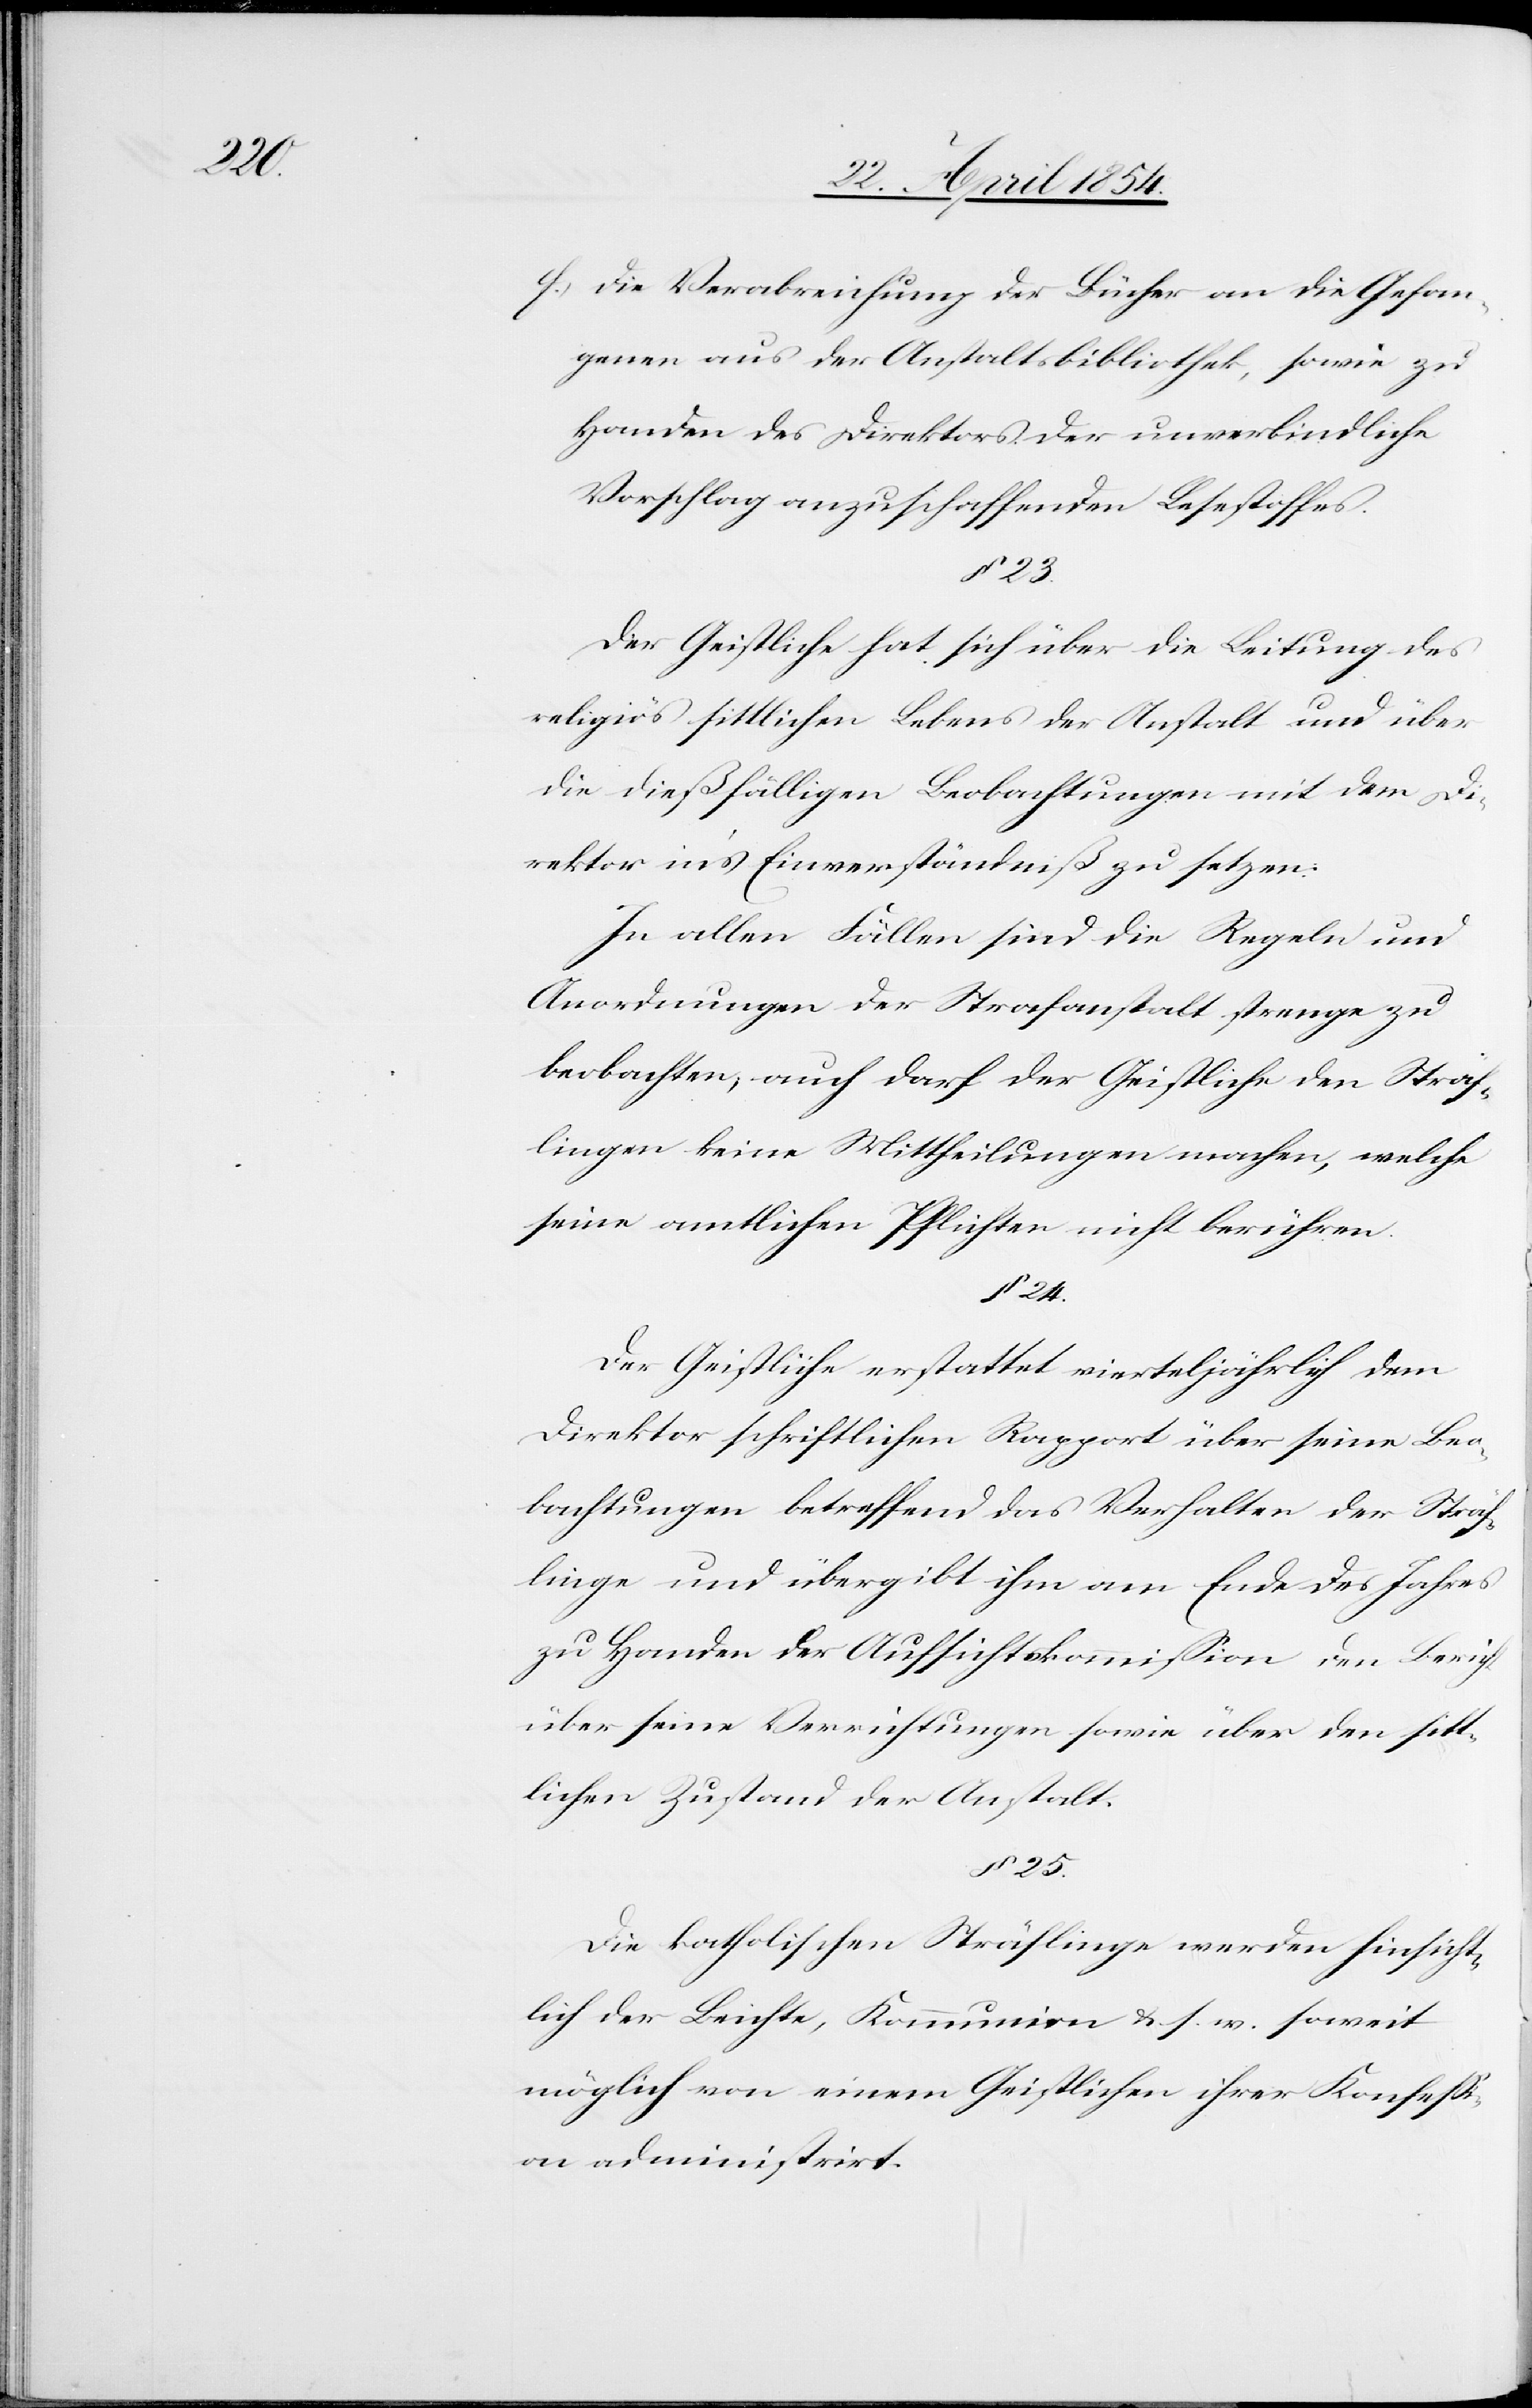
f. die Verabreichung der Bücher an die Gefan¬
genen aus der Anstaltsbibliothek, sowie zu
Handen des Direktors der unverbindliche
Vorschlag anzuschaffenden Lesestoffes.
§ 23.
Der Geistliche hat sich über die Leitung des
religiös sittlichen Lebens der Anstalt und über
die dießfälligen Beobachtungen mit dem Di¬
rektor in’s Einverständniß zu setzen.
In allen Fällen sind die Regeln und
Anordnungen der Strafanstalt strenge zu
beobachten; auch darf der Geistliche den Sträf¬
lingen keine Mittheilungen machen, welche
seine amtlichen Pflichten nicht berühren.
§ 24.
Der Geistliche erstattet vierteljährlich dem
Direktor schriftlichen Rapport über seine Beo¬
bachtungen betreffend das Verhalten der Sträf¬
linge und übergibt ihm am Ende des Jahres
zu Handen der Aufsichtskommißion den Bericht
über seine Verrichtungen sowie über den sitt¬
lichen Zustand der Anstalt.
§ 25.
Die katholischen Sträflinge werden hinsicht¬
lich der Beichte, Kommunion u. s. w. soweit
möglich von einem Geistlichen ihrer Konfeßi¬
on administrirt.